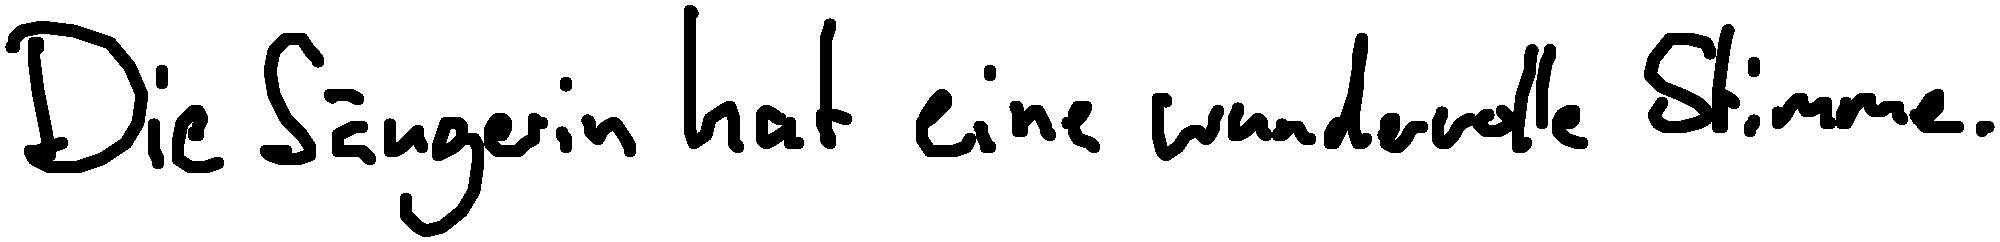
Die Sängerin hat eine wundervolle Stimme.